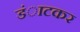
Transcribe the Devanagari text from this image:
डंाटकर